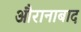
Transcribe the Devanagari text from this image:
औरानाबाद